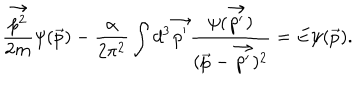
\frac { \vec { p ^ { 2 } } } { 2 m } \psi ( \vec { p } ) - \frac { \alpha } { 2 \pi ^ { 2 } } \int d ^ { 3 } \vec { p ^ { \prime } } \frac { \psi ( \vec { p ^ { \prime } } ) } { ( \vec { p } - \vec { p ^ { \prime } } ) ^ { 2 } } = E \psi ( \vec { p } ) .